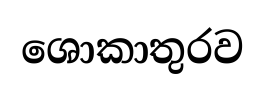
ශොකාතුරව